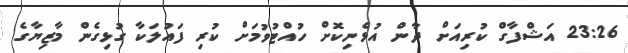
23:26 އަޝްފާގް ކުރިއަށް ދާން އުޅެނިކޮށް ހުއްޓުވުމަށް ކުރި ފައުލަކާ ގުޅިގެން މާޒިޔާގެ